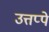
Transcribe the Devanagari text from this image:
उत्तप्पे